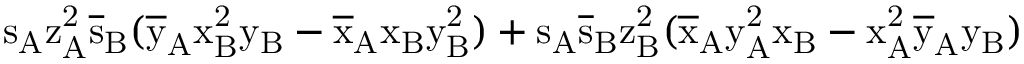
\mathrm { s _ { A } \mathrm { z _ { A } ^ { 2 } \mathrm { \overline { { s } } _ { B } ( \mathrm { \overline { { y } } _ { A } \mathrm { x _ { B } ^ { 2 } \mathrm { y _ { B } - \mathrm { \overline { { x } } _ { A } \mathrm { x _ { B } \mathrm { y _ { B } ^ { 2 } ) + \mathrm { s _ { A } \mathrm { \overline { { s } } _ { B } \mathrm { z _ { B } ^ { 2 } ( \mathrm { \overline { { x } } _ { A } \mathrm { y _ { A } ^ { 2 } \mathrm { x _ { B } - \mathrm { x _ { A } ^ { 2 } \mathrm { \overline { { y } } _ { A } \mathrm { y _ { B } ) } } } } } } } } } } } } } } } } } }